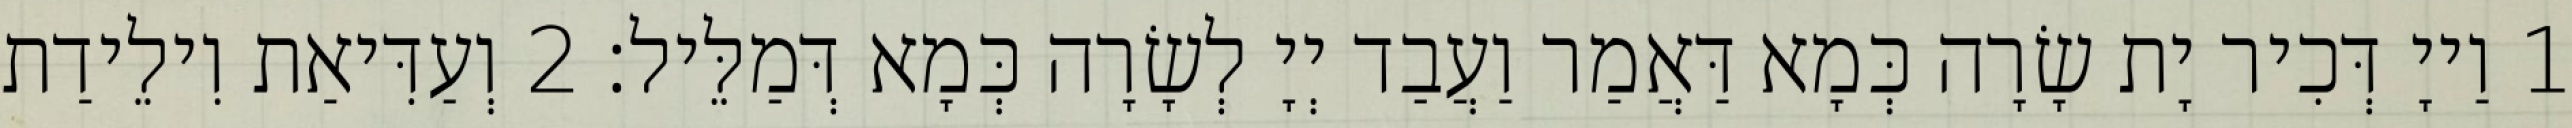
1 וַייָ דְּכִיר יָת שָׂרָה כְּמָא דַּאֲמַר וַעֲבַד יְיָ לְשָׂרָה כְּמָא דְּמַלֵּיל׃ 2 וְעַדִּיאַת וִילֵידַת